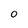
Character: 0